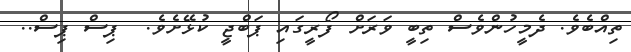
ތިއްބެވެ. ދެމީހުންވެސް ތިބީ ވަރަށް ފޯރީގައި ޕަބްޖީ ކުޅޭށެވެ.  ޕިސް ޕިސް..